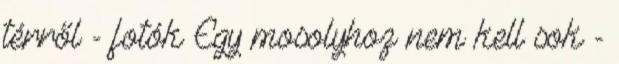
térről - fotók Egy mosolyhoz nem kell sok -